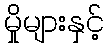
မှိုများနှင့်